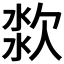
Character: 𱧆